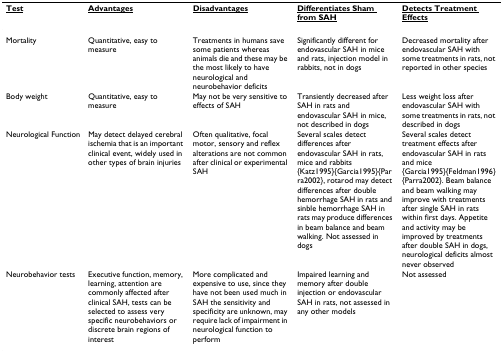
| <underline>Test</underline> | <underline>Advantages</underline> | <underline>Disadvantages</underline> | <underline>Differentiates Sham from SAH</underline> | <underline>Detects Treatment Effects</underline> |
 | --- | --- | --- | --- | --- |
 | Mortality | Quantitative, easy to measure | Treatments in humans save some patients whereas animals die and these may be the most likely to have neurological and neurobehavior deficits | Significantly different for endovascular SAH in mice and rats, injection model in rabbits, not in dogs | Decreased mortality after endovascular SAH with some treatments in rats, not reported in other species |
 | Body weight | Quantitative, easy to measure | May not be very sensitive to effects of SAH | Transiently decreased after SAH in rats and endovascular SAH in mice, not described in dogs | Less weight loss after endovascular SAH with some treatments in rats, not described in dogs |
 | Neurological Function | May detect delayed cerebral ischemia that is an important clinical event, widely used in other types of brain injuries | Often qualitative, focal motor, sensory and reflex alterations are not common after clinical or experimental SAH | Several scales detect differences after endovascular SAH in rats, mice and rabbits {Katz1995}{Garcia1995}{Parra2002}, rotarod may detect differences after double hemorrhage SAH in rats and sinble hemorrhage SAH in rats may produce differences in beam balance and beam walking. Not assessed in dogs | Several scales detect treatment effects after endovascular SAH in rats and mice {Garcia1995}{Feldman1996}{Parra2002}. Beam balance and beam walking may improve with treatments after single SAH in rats within first days. Appetite and activity may be improved by treatments after double SAH in dogs, neurological deficits almost never observed |
 | Neurobehavior tests | Executive function, memory, learning, attention are commonly affected after clinical SAH, tests can be selected to assess very specific neurobehaviors or discrete brain regions of interest | More complicated and expensive to use, since they have not been used much in SAH the sensitivity and specificity are unknown, may require lack of impairment in neurological function to perform | Impaired learning and memory after double injection or endovascular SAH in rats, not assessed in any other models | Not assessed |